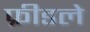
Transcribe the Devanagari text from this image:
फ्रीडले